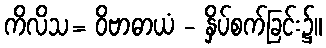
ကိလိသ= ဝိဗာဓာယံ - နှိပ်စက်ခြင်း၌။